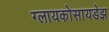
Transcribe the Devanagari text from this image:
ग्लायकोसायडेझ